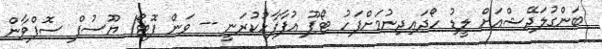
ބަންގުލަދޭޝްއަށް ލީޑު ހޯދައިދިނުމަށްފަހު ޓޯޕޫ އުފާފާޅުކުރަނީ -- ވަން ފޮޓޯ/ ޔޫސުފް ސޮފްވާން